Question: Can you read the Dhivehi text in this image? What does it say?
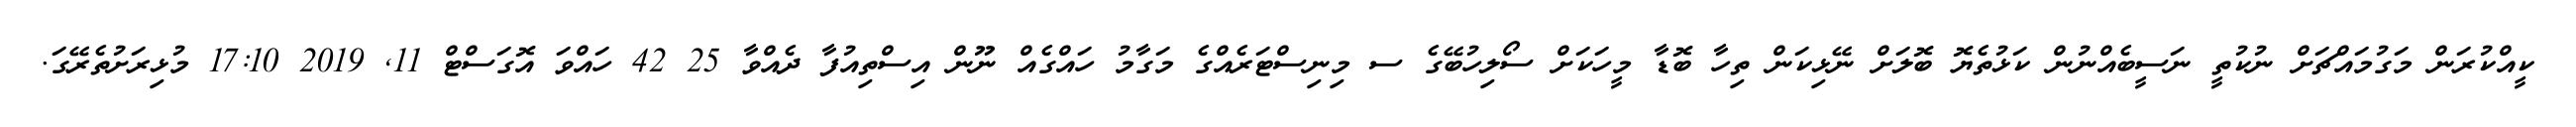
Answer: ކީއްކުރަން މަގުމައްޗަށް ނުކުތީ ނަސީބެއްނުން ކަޅުތެޔޮ ބޮލަށް ނޭޅިކަން ތިހާ ބޮޑާ މީހަކަށް ސޯލިހުބޭގެ ސ މިނިސްޓަރެއްގެ މަގާމު ހައްގެއް ނޫން އިސްތިއުފާ ދެއްވާ 25 42 ހައްވަ އޮގަސްޓް 11, 2019 17:10 މުޅިރަށުތެރޭގަ.